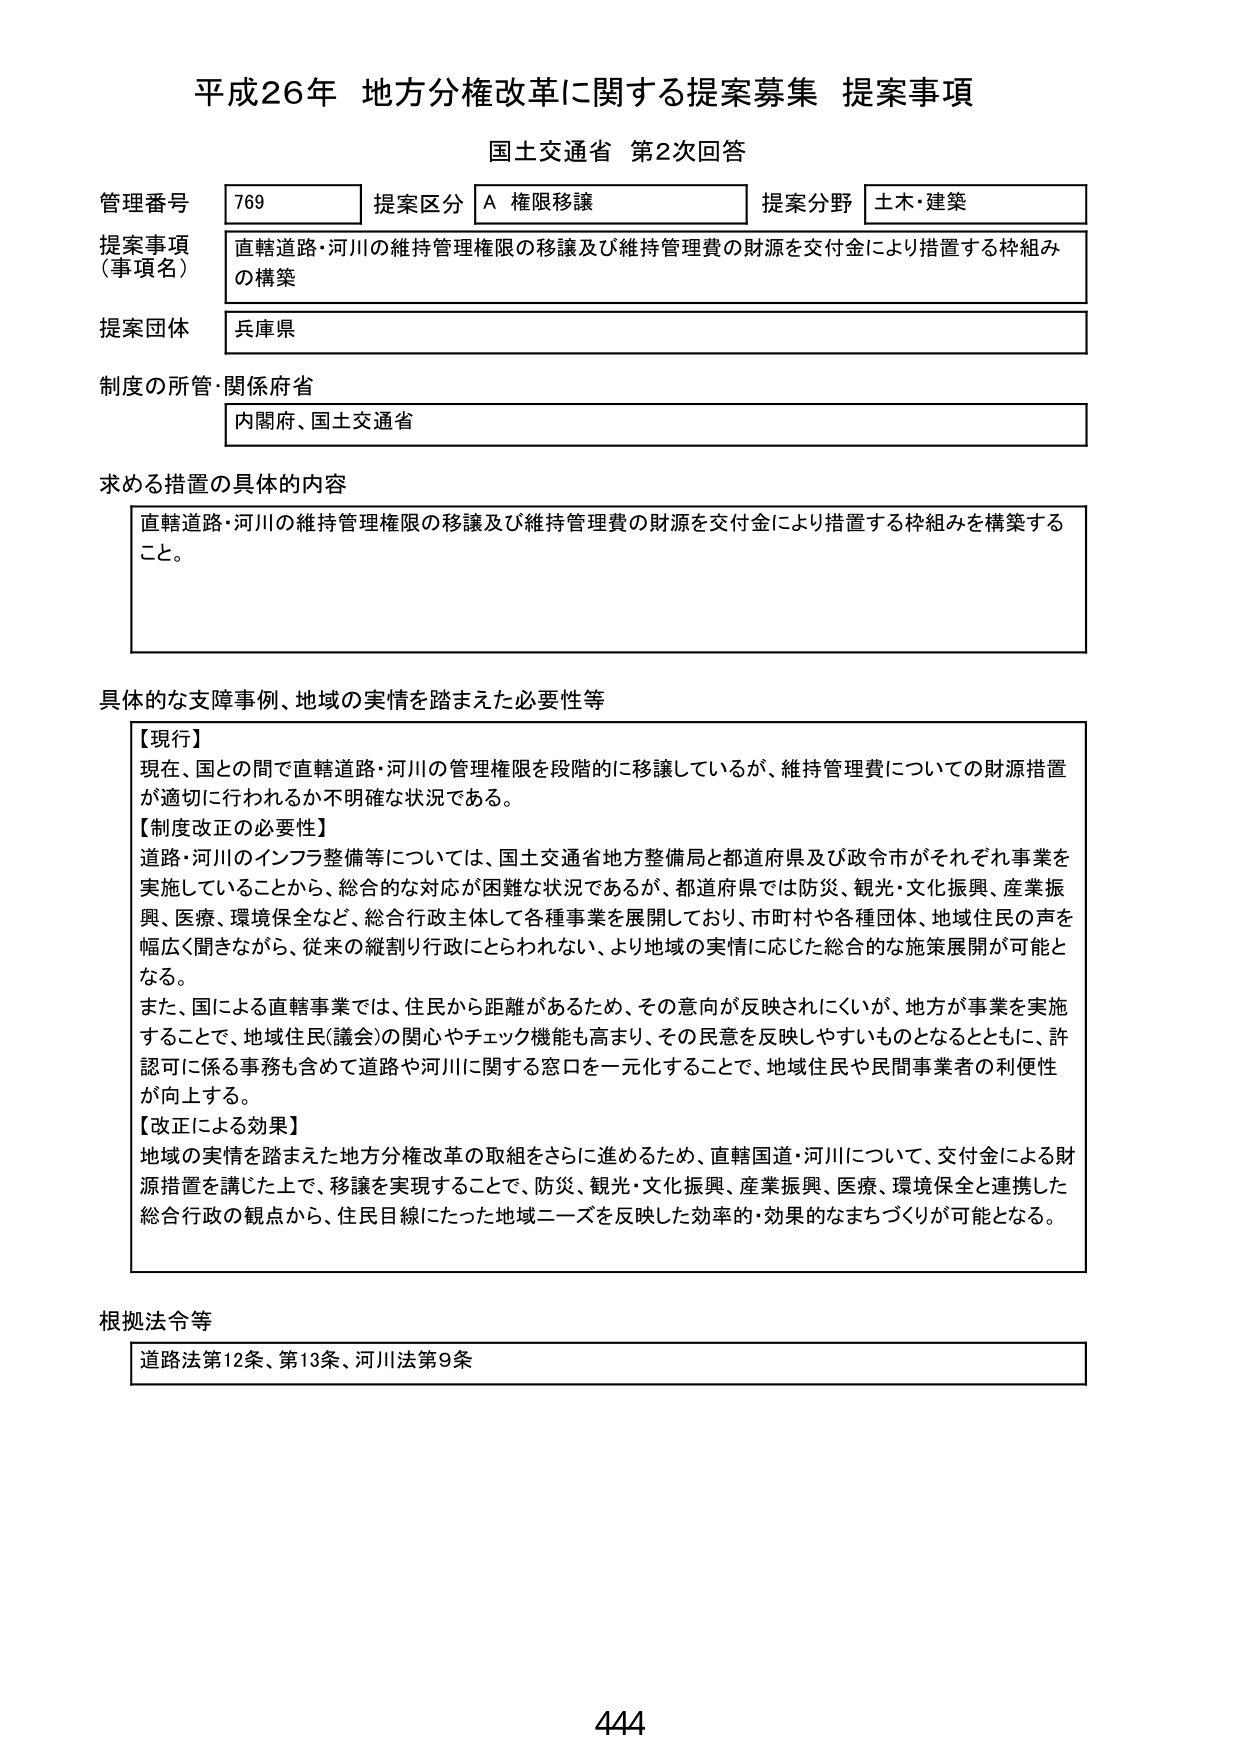
平成26年 地方分権改革に関する提案募集 提案事項
国土交通省 第2次回答

管理番号 769 提案区分 A 権限移譲 提案分野 土木・建築
提案事項（事項名） 直轄道路・河川の維持管理権限の移譲及び維持管理費の財源を交付金により措置する枠組みの構築
提案団体 兵庫県
制度の所管・関係府省 内閣府、国土交通省

求める措置の具体的な内容
直轄道路・河川の維持管理権限の移譲及び維持管理費の財源を交付金により措置する枠組みを構築すること。

具体的な支障事例、地域の実情を踏まえた必要性等
【現行】
現在、国との間で直轄道路・河川の管理権限を段階的に移譲しているが、維持管理費についての財源措置が適切に行われるか不明確な状況である。
【制度改正の必要性】
道路・河川のインフラ整備等については、国土交通省地方整備局と都道府県及び政令市がそれぞれ事業を実施していることから、総合的な対応が困難な状況であるが、都道府県では防災、観光・文化振興、産業振興、医療、環境保全など、総合行政主体として各種事業を展開しており、市町村や各種団体、地域住民の声を幅広く聞きながら、従来の縦割り行政にとらわれない、より地域の実情に応じた総合的な施策展開が可能となる。
また、国による直轄事業では、住民から距離があるため、その意向が反映されにくいが、地方が事業を実施することで、地域住民（議会）の関心やチェック機能も高まり、その民意を反映しやすいものとなるとともに、許認可に係る事務も含めて道路や河川に関する窓口を一元化することで、地域住民や民間事業者の利便性が向上する。
【改正による効果】
地域の実情を踏まえた地方分権改革の取組をさらに進めるため、直轄国道・河川について、交付金による財源措置を講じた上で、移譲を実現することで、防災、観光・文化振興、産業振興、医療、環境保全と連携した総合行政の観点から、住民目線にたった地域ニーズを反映した効率的・効果的なまちづくりが可能となる。

根拠法令等
道路法第12条、第13条、河川法第9条

444